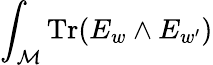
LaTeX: \int_{\cal M}\mathrm{Tr}(E_{w}\wedge E_{w^{\prime}})